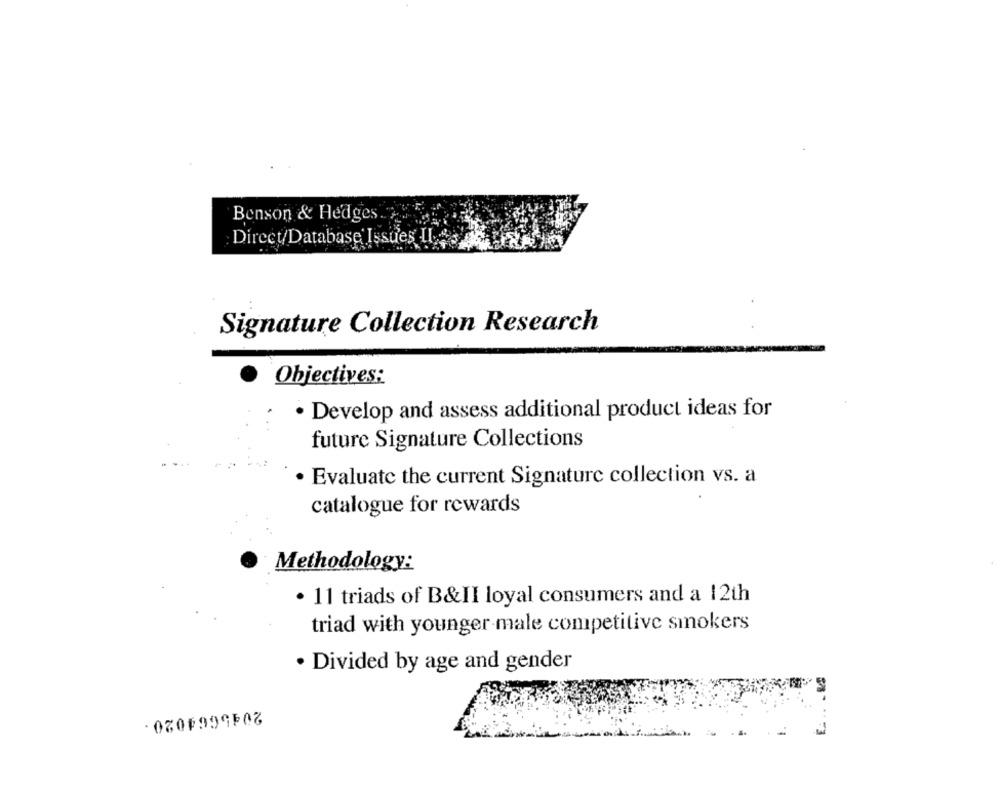
Benson & Hedges.
Direct/Database Issues IL
Signature Collection Research
Objectives:
· Develop and assess additional product ideas for
future Signature Collections
. Evaluate the current Signature collection vs. a
catalogue for rewards
Methodology:
· 11 triads of B&II loyal consumers and a 12th
triad with younger male competitive smokers
· Divided by age and gender
- 030F999508